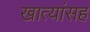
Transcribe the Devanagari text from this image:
खात्यांसह